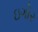
ઇગોર